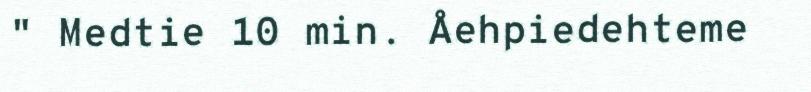
" Medtie 10 min. Åehpiedehteme